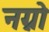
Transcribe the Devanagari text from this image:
नग्नो